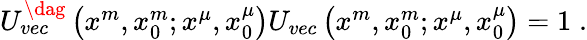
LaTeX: \begin{array}{r}{U_{vec}^{\dag}\left(x^{m},x_{0}^{m};x^{\mu},x_{0}^{\mu}\right)U_{vec}\left(x^{m},x_{0}^{m};x^{\mu},x_{0}^{\mu}\right)=1\; .}\end{array}